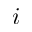
i